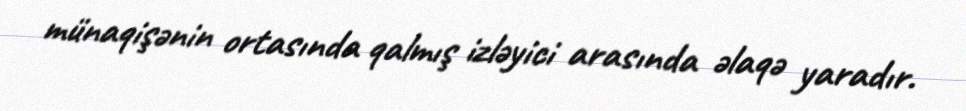
münaqişənin ortasında qalmış izləyici arasında əlaqə yaradır.